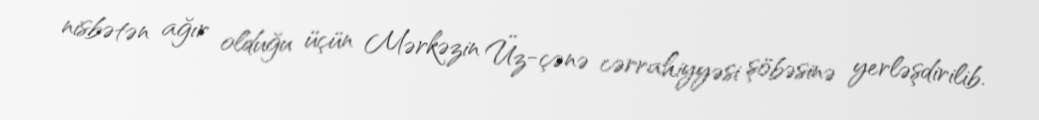
nisbətən ağır olduğu üçün Mərkəzin Üz-çənə cərrahiyyəsi şöbəsinə yerləşdirilib.